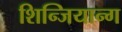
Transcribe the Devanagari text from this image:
शिन्जियान्ग